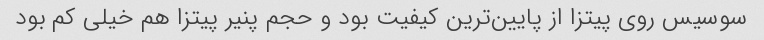
سوسیس روی پیتزا از پایین‌ترین کیفیت بود و حجم پنیر پیتزا هم خیلی کم بود